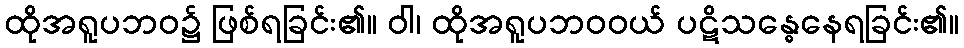
ထိုအရူပဘဝ၌ ဖြစ်ရခြင်း၏။ ဝါ၊ ထိုအရူပဘဝဝယ် ပဋိသန္ဓေနေရခြင်း၏။